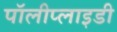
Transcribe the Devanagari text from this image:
पॉलीप्लाइडी